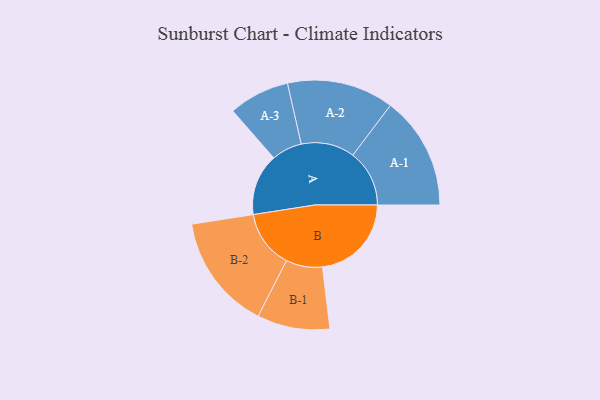
{"axis": {"x": "Segment", "y": "Value"}, "legend": ["", "A", "B"], "data": [{"x": "A", "y": 290, "type": ""}, {"x": "B", "y": 418, "type": ""}, {"x": "A-1", "y": 266, "type": "A"}, {"x": "A-2", "y": 251, "type": "A"}, {"x": "A-3", "y": 143, "type": "A"}, {"x": "B-1", "y": 171, "type": "B"}, {"x": "B-2", "y": 272, "type": "B"}]}